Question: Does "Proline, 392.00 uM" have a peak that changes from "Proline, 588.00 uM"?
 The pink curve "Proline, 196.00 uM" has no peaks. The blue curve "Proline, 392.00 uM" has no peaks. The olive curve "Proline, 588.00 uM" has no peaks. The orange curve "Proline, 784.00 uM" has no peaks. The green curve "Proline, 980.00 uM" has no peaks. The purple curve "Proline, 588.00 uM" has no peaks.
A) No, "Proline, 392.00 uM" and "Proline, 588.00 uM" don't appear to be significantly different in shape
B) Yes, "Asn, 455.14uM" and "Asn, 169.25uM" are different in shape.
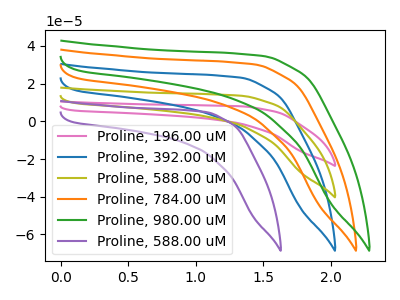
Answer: <think>Neither "Proline, 392.00 uM" or "Proline, 588.00 uM" have any peaks.
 </think>
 <answer>A) No, "Proline, 392.00 uM" and "Proline, 588.00 uM" don't appear to be significantly different in shape</answer>
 <eval>A</eval>